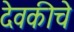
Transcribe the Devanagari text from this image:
देवकीचे